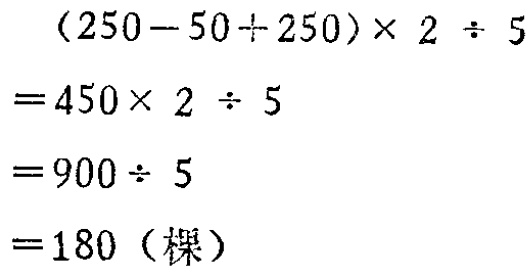
\[(250 - 50 \div 250)\times 2 \div 5\\

=450\times 2 \div 5\\

=900 \div 5\\

=180（棵）\]